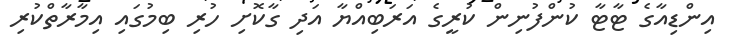
އިންޑިއާގެ ޓާޓާ ކުންފުނިން ކުރީގެ އަރަބިއްޔާ އަދި ގާކޮށި ހުރި ބިމުގައި އިމާރާތްކުރި